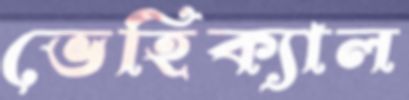
ভেহিক্যাল